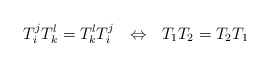
\begin{align*}T_{i} ^{j}T_{k} ^{l} = T_{k} ^{l}T_{i} ^{j}\ \ \Leftrightarrow \ \ T_{1}T_{2} = T_{2}T_{1}\end{align*}